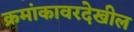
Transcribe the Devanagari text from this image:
क्रमांकावरदेखील